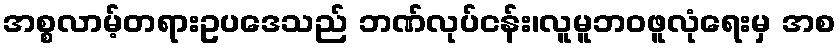
အစ္စလာမ့်တရားဥပဒေသည် ဘဏ်လုပ်ငန်း၊လူမူဘဝဖူလုံရေးမှ အစ